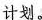
计划。